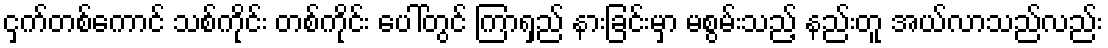
ငှက်တစ်ကောင် သစ်ကိုင်း တစ်ကိုင်း ပေါ်တွင် ကြာရှည် နားခြင်းမှာ မစွမ်းသည့် နည်းတူ အယ်လာသည်လည်း